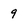
Character: 9